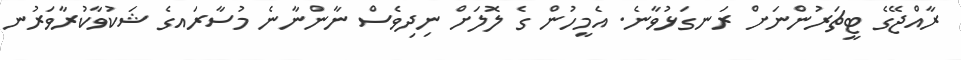
ރާއްޖޭގެ ޓީޗަރުންނަށް ރަނގަޅުވާނެ. އެމީހުން ގެ ލޮލަށް ނިދިވެސް ނާންނާނެ މުސާރައގެ ޝަކުވާކުރާވަރުނ